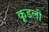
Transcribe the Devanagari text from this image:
कूडली